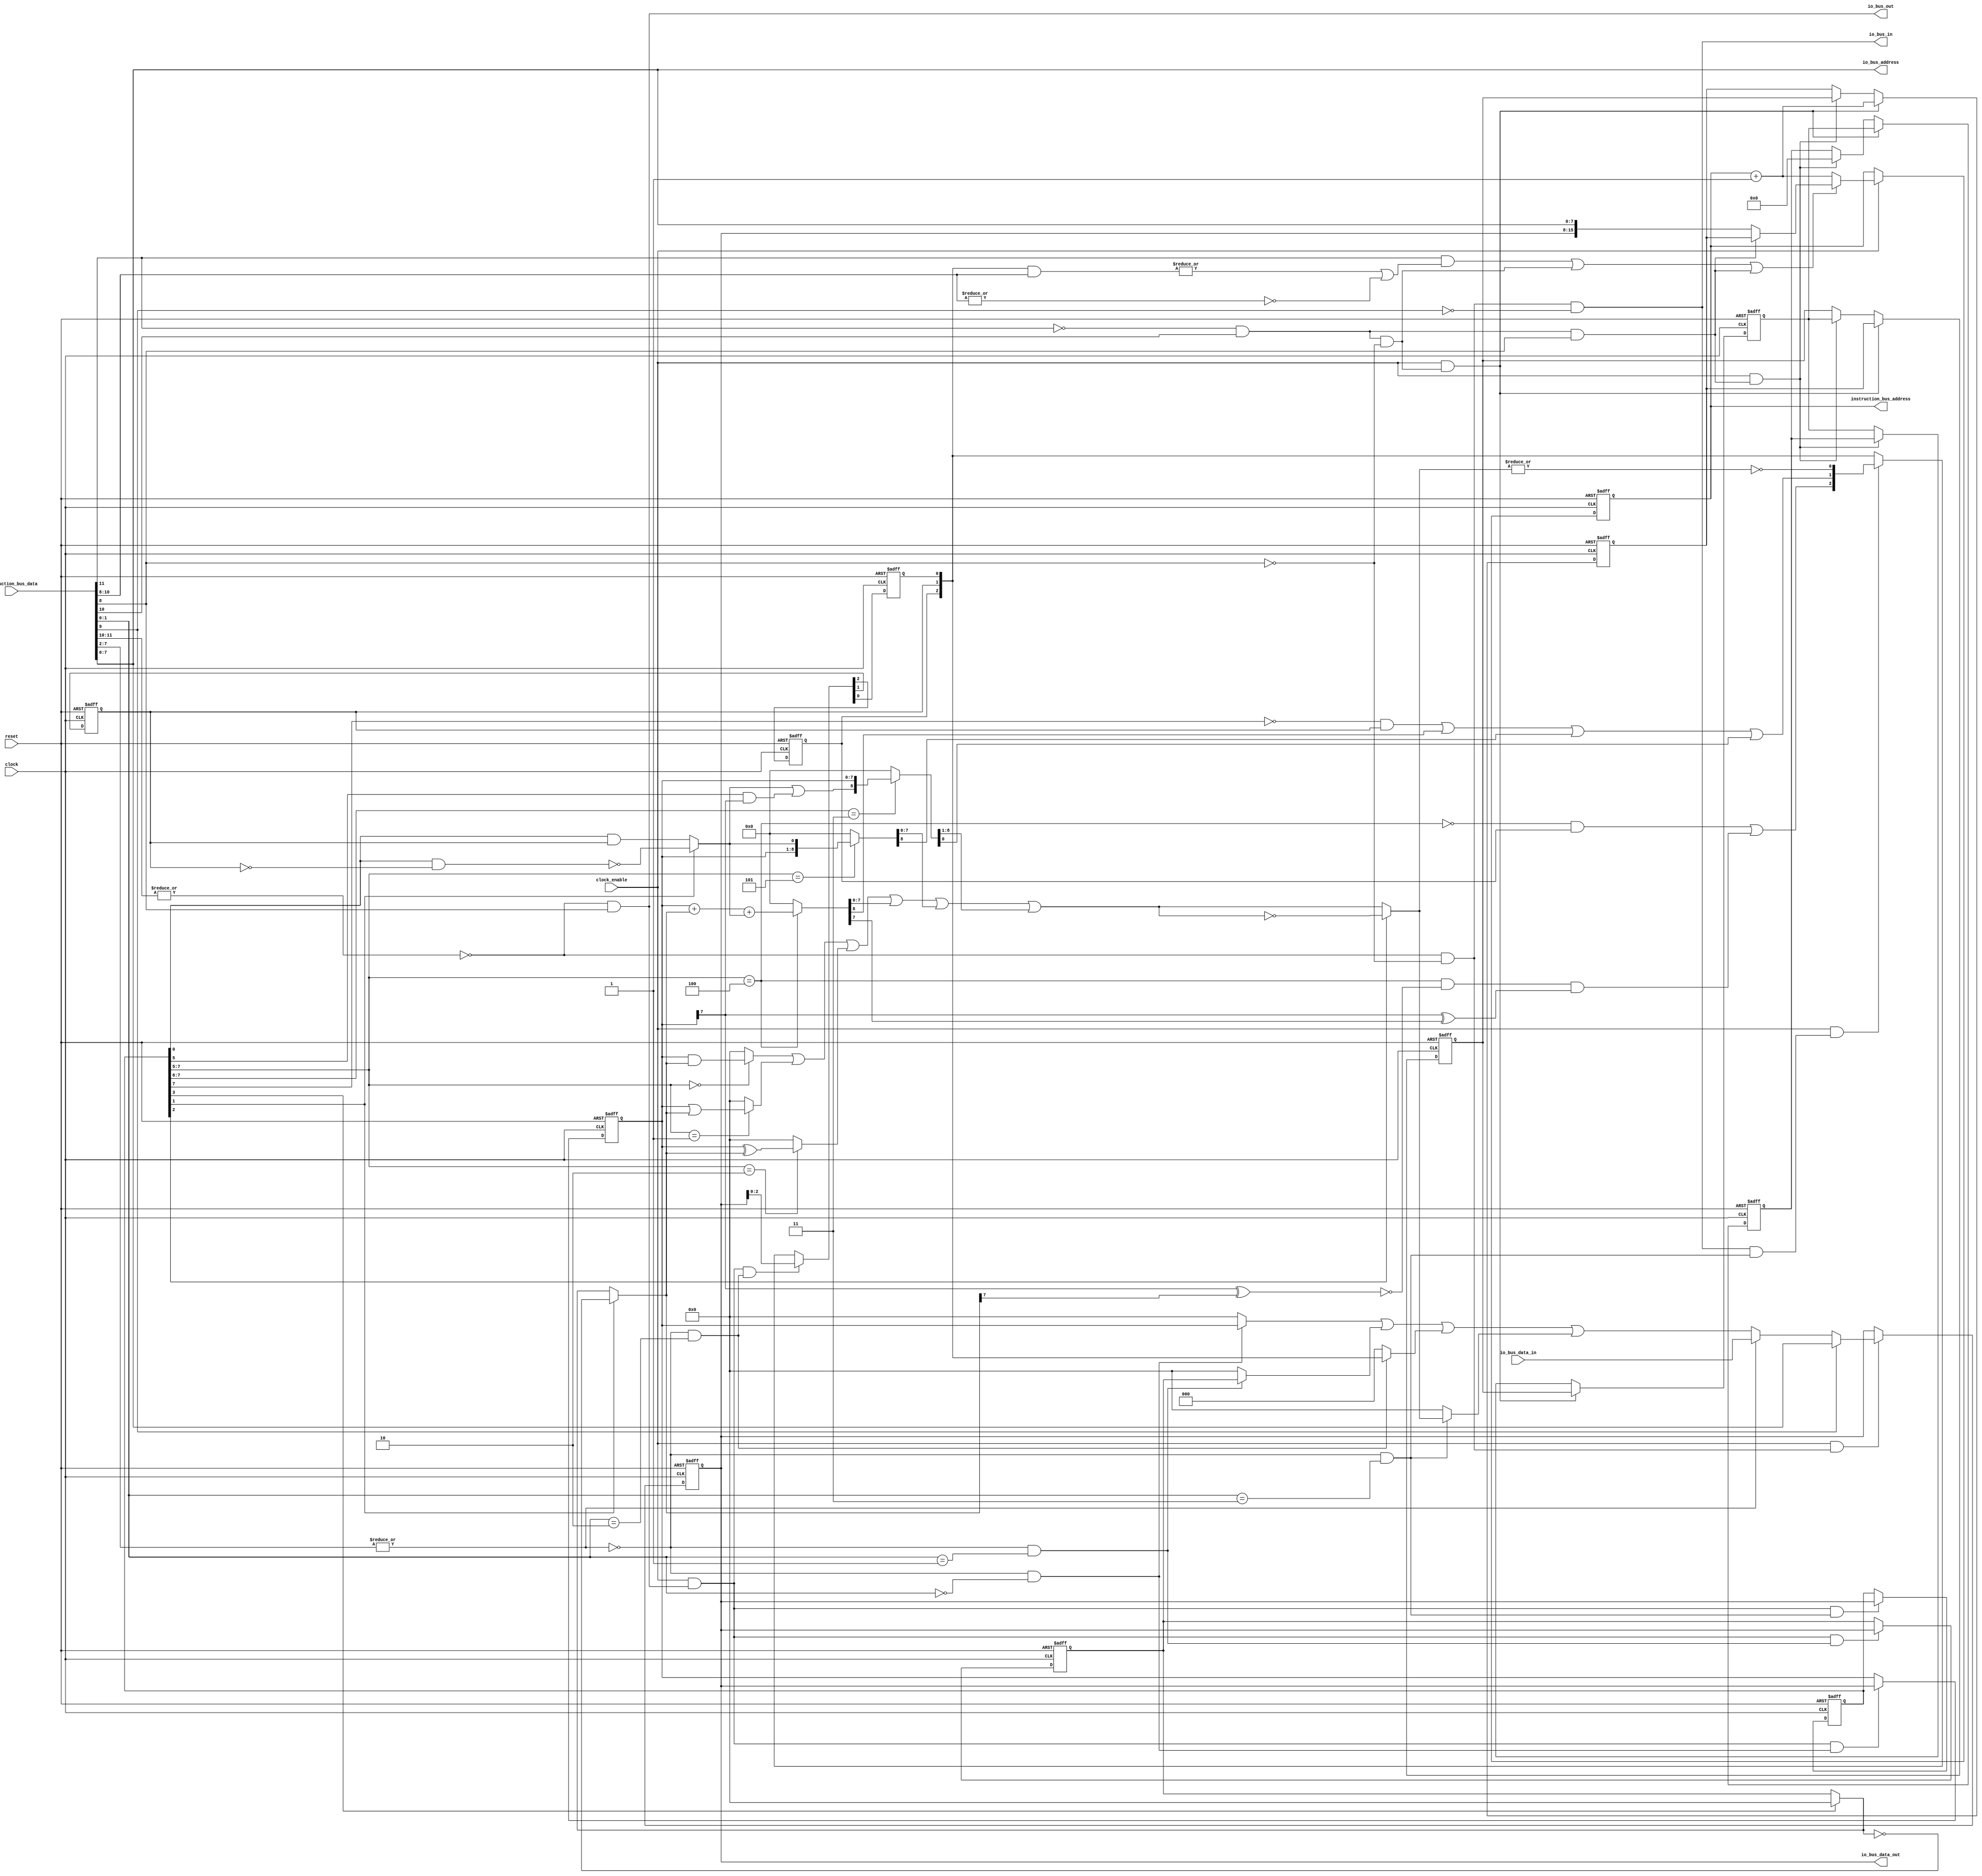
//
// LD/ST microsequencer
//
// MIT License
//
// Copyright (c) 2023 kitune-san
//
// Permission is hereby granted, free of charge, to any person obtaining a copy
// of this software and associated documentation files (the "Software"), to deal
// in the Software without restriction, including without limitation the rights
// to use, copy, modify, merge, publish, distribute, sublicense, and/or sell
// copies of the Software, and to permit persons to whom the Software is
// furnished to do so, subject to the following conditions:
//
// The above copyright notice and this permission notice shall be included in all
// copies or substantial portions of the Software.
//
// THE SOFTWARE IS PROVIDED "AS IS", WITHOUT WARRANTY OF ANY KIND, EXPRESS OR
// IMPLIED, INCLUDING BUT NOT LIMITED TO THE WARRANTIES OF MERCHANTABILITY,
// FITNESS FOR A PARTICULAR PURPOSE AND NONINFRINGEMENT. IN NO EVENT SHALL THE
// AUTHORS OR COPYRIGHT HOLDERS BE LIABLE FOR ANY CLAIM, DAMAGES OR OTHER
// LIABILITY, WHETHER IN AN ACTION OF CONTRACT, TORT OR OTHERWISE, ARISING FROM,
// OUT OF OR IN CONNECTION WITH THE SOFTWARE OR THE USE OR OTHER DEALINGS IN THE
// SOFTWARE.
//

module LDST_SEQUENCER (
    input           clock,
    input           clock_enable,
    input           reset,

    output  [15:0]  instruction_bus_address,
    input   [12:0]  instruction_bus_data,

    output  [7:0]   io_bus_address,
    output  [7:0]   io_bus_data_out,
    input   [7:0]   io_bus_data_in,
    output          io_bus_out,
    output          io_bus_in
);

    //
    // Instructions
    // x = don't care
    //
    wire    transfer        = ~|instruction_bus_data[11:10];
    wire    immediate       = instruction_bus_data[9];
    // 00i0 : LOAD (i=immediate flag)
    wire    load            = transfer & ~instruction_bus_data[8];
    // 00x1 : STORE
    wire    store           = transfer &  instruction_bus_data[8];
    wire    subroutine      = ~instruction_bus_data[11] & instruction_bus_data[10];
    // 01x0 : CALL
    wire    call            = subroutine & ~instruction_bus_data[8];
    // 01x1 : RET
    wire    ret             = subroutine &  instruction_bus_data[8];
    // 1ccc : JUMP (c=condition)
    wire    jump            = instruction_bus_data[11];


    //
    // Assigned I/O address
    //
    wire    internal_select = ~|instruction_bus_data[7:2];
    wire    select_reg_a    = internal_select & (instruction_bus_data[1:0] == 2'b00);
    wire    select_reg_b    = internal_select & (instruction_bus_data[1:0] == 2'b01);
    wire    select_flags    = internal_select & (instruction_bus_data[1:0] == 2'b10);
    wire    select_alu      = internal_select & (instruction_bus_data[1:0] == 2'b11);


    //
    // Work register
    //
    wire    [7:0]   load_data;
    reg     [7:0]   reg_work;

    always @(posedge clock, posedge reset) begin
        if (reset)
            reg_work    <= 8'h00;
        else if (clock_enable & load)
            reg_work    <= immediate ? instruction_bus_data[7:0] : load_data;
        else
            reg_work    <= reg_work;
    end


    //
    // ALU
    //
    reg     [7:0]   reg_a;
    reg     [7:0]   reg_b;
    reg             overflow_flag;
    reg             carry_flag;
    reg             zero_flag;
    reg     [7:0]   alu_op;
    wire            alu_wb;
    wire            alu_wb_overflow_flag;
    wire            alu_wb_carry_flag;
    wire            alu_wb_zero_flag;

    // Registers
    always @(posedge clock, posedge reset) begin
        if (reset)
            reg_a   <= 8'h00;
        else if (clock_enable & store & select_reg_a)
            reg_a   <= reg_work;
        else
            reg_a   <= reg_a;
    end

    wire    [7:0]   reg_a_load = select_reg_a ? reg_a : 8'h00;

    always @(posedge clock, posedge reset) begin
        if (reset)
            reg_b   <= 8'h00;
        else if (clock_enable & store & select_reg_b)
            reg_b   <= reg_work;
        else
            reg_b   <= reg_b;
    end

    wire    [7:0]   reg_b_load = select_reg_b ? reg_b : 8'h00;

    // Flags
    always @(posedge clock, posedge reset) begin
        if (reset)
            {overflow_flag, carry_flag, zero_flag} <= 3'b000;
        else if (clock_enable & store & select_flags)
            {overflow_flag, carry_flag, zero_flag} <= reg_work[2:0];
        else if (clock_enable & alu_wb)
            {overflow_flag, carry_flag, zero_flag} <= {alu_wb_overflow_flag, alu_wb_carry_flag, alu_wb_zero_flag};
        else
            {overflow_flag, carry_flag, zero_flag} <= {overflow_flag, carry_flag, zero_flag};
    end

    wire    [7:0]   flags       = {5'b00000, overflow_flag, carry_flag, zero_flag};
    wire    [7:0]   flags_load  = select_flags ? flags : 8'h00;

    // Op code
    always @(posedge clock, posedge reset) begin
        if (reset)
            alu_op  <= 8'h00;
        else if (clock_enable & store & select_alu)
            alu_op  <= reg_work;
        else
            alu_op  <= alu_op;
    end

    // Execute op code
    wire    alu_op_and                      = alu_op[7:5] == 3'b000;
    wire    alu_op_or                       = alu_op[7:5] == 3'b001;
    wire    alu_op_xor                      = alu_op[7:5] == 3'b010;
    wire    alu_op_add                      = alu_op[7:5] == 3'b100;
    wire    alu_op_shl                      = alu_op[7:5] == 3'b101;
    wire    alu_op_shr                      = alu_op[7:6] == 2'b11;

    wire    alu_opf_op2_zero                = alu_op[3];
    wire    alu_opf_not                     = alu_op[2];
    wire    alu_opf_neg                     = alu_op[1];
    wire    alu_opf_carry                   = alu_op[0];

    wire    update_carry                    = alu_op[7];
    wire    update_overflow                 = alu_op_add;

    wire    [7:0]   alu_op1                 = reg_a;
    wire    [7:0]   alu_op2_tmp             = alu_opf_op2_zero ? 8'h00 : reg_b;
    wire    [7:0]   alu_op2                 = alu_opf_neg ? ~alu_op2_tmp : alu_op2_tmp;
    wire            alu_carry               = alu_opf_neg ? ~(alu_opf_carry & ~carry_flag) : (alu_opf_carry & carry_flag);

    wire    [7:0]   alu_result_and          = alu_op_and  ? (alu_op1 & alu_op2) : 8'h00;
    wire    [7:0]   alu_result_or           = alu_op_or   ? (alu_op1 | alu_op2) : 8'h00;
    wire    [7:0]   alu_result_xor          = alu_op_xor  ? (alu_op1 ^ alu_op2) : 8'h00;

    wire    [7:0]   alu_result_add;
    wire            alu_result_add_carry;
    assign  {alu_result_add_carry, alu_result_add}  = alu_op_add ? ({1'b0, alu_op1} + {1'b0, alu_op2} + alu_carry) : 9'h000;
    wire    alu_result_add_overflow                 = alu_op_add & ~(alu_op1[7] ^ alu_op2[7]) & (alu_op1[7] ^ alu_result_add[7]);

    wire    [7:0]   alu_result_shl;
    wire            alu_result_shl_carry;
    assign  {alu_result_shl_carry, alu_result_shl}  = alu_op_shl ? {alu_op1, alu_carry} : 9'h000;

    wire    [7:0]   alu_result_shr;
    wire            alu_result_shr_carry;
    assign  {alu_result_shr, alu_result_shr_carry}  = alu_op_shr ? {(alu_carry | (alu_op[5] & alu_op1[7])), alu_op1} : 9'h000;

    wire    [7:0]   alu_result_mux          = alu_result_and | alu_result_or | alu_result_xor | alu_result_add | alu_result_shl | alu_result_shr;
    wire    [7:0]   alu_result              = alu_opf_not ? ~alu_result_mux : alu_result_mux;
    assign          alu_wb_carry_flag       = (~update_carry & carry_flag) | alu_result_add_carry | alu_result_shl_carry | alu_result_shr_carry;
    assign          alu_wb_overflow_flag    = (~update_overflow & overflow_flag) | alu_result_add_overflow;
    assign          alu_wb_zero_flag        = ~|alu_result;

    // Writeback
    assign          alu_wb                  = io_bus_in & select_alu;
    wire    [7:0]   alu_load                = select_alu ? alu_result : 8'h00;


    //
    // Sequencer
    //
    reg     [15:0]  instruction_counter;
    wire    [15:0]  next_step;
    wire            jump_instruction;
    wire    [15:0]  jump_instruction_count;

    assign  next_step = instruction_counter + 1'b1;

    always @(posedge clock, posedge reset) begin
        if (reset)
            instruction_counter <= 16'h0000;
        else if (clock_enable)
            if (~jump_instruction)
                instruction_counter <= next_step;
            else
                instruction_counter <= jump_instruction_count;
        else
            instruction_counter <= instruction_counter;
    end

    // Call stack
    reg     [15:0]  stack[0:3];

    always @(posedge clock, posedge reset) begin
        if (reset) begin
            stack[0]    <= 16'h0000;
            stack[1]    <= 16'h0000;
            stack[2]    <= 16'h0000;
            stack[3]    <= 16'h0000;
        end
        else if (clock_enable & call) begin
            stack[0]    <= next_step;
            stack[1]    <= stack[0];
            stack[2]    <= stack[1];
            stack[3]    <= stack[2];
        end
        else if (clock_enable & ret) begin
            stack[0]    <= stack[1];
            stack[1]    <= stack[2];
            stack[2]    <= stack[3];
            stack[3]    <= 16'h0000;
        end
        else begin
            stack[0]    <= stack[0];
            stack[1]    <= stack[1];
            stack[2]    <= stack[2];
            stack[3]    <= stack[3];
        end
    end

    // Jump/Subroutine
    assign  jump_instruction = (jump & (|(flags[2:0] & instruction_bus_data[10:8]) | ~|instruction_bus_data[10:8])) | call | ret;
    assign  jump_instruction_count = ret ? stack[0] : {reg_work, instruction_bus_data[7:0]};


    //
    // Bus
    //
    assign  instruction_bus_address = instruction_counter;
    assign  load_data               = internal_select ? (reg_a_load | reg_b_load | flags_load | alu_load) : io_bus_data_in;
    assign  io_bus_address          = instruction_bus_data[7:0];
    assign  io_bus_data_out         = reg_work;
    assign  io_bus_in               = load & ~immediate;
    assign  io_bus_out              = store;

endmodule